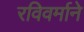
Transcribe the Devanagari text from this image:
रविवर्माने